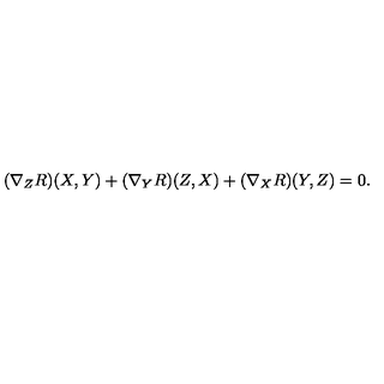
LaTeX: ( \nabla _ { Z } R ) ( X , Y ) + ( \nabla _ { Y } R ) ( Z , X ) + ( \nabla _ { X } R ) ( Y , Z ) = 0 .